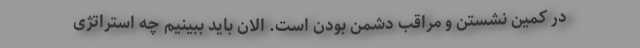
در کمین نشستن و مراقب دشمن بودن است. الان باید ببینیم چه استراتژی